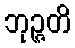
ဘုဉ္ဇတိ